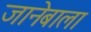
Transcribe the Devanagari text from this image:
जानेबाला